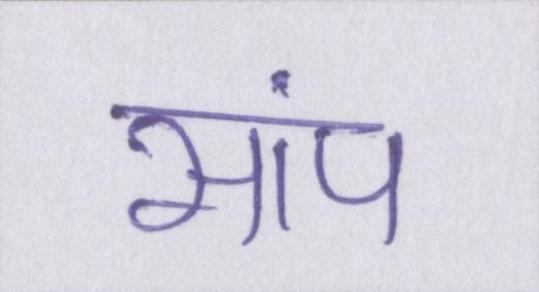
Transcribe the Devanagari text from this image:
सांप